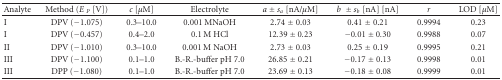
<table><thead><tr><td><b>Analyte</b></td><td><b>Method (<i>E </i><sub>P</sub> [V])</b></td><td><b><i>c </i>[<i>μ</i>M]</b></td><td><b>Electrolyte</b></td><td><b><i>a</i> ± <i>s</i><sub><i>a</i></sub> [nA/<i>μ</i>M]</b></td><td><b><i>b</i> ± <i>s</i><sub><i>b</i></sub> [nA] [nA]</b></td><td><b><i>r</i></b></td><td><b>LOD [<i>μ</i>M]</b></td></tr></thead><tbody><tr><td>I</td><td>DPV (−1.075)</td><td>0.3–10.0</td><td>0.001 MNaOH</td><td>2.74 ± 0.03</td><td>0.41 ± 0.21</td><td>0.9994</td><td>0.23</td></tr><tr><td>I</td><td>DPV (−0.457)</td><td>0.4–2.0</td><td>0.1 M HCl</td><td>12.39 ± 0.23</td><td>−0.01 ± 0.30</td><td>0.9988</td><td>0.07</td></tr><tr><td>II</td><td>DPV (−1.010)</td><td>0.3–10.0</td><td>0.001 M NaOH</td><td>2.73 ± 0.03</td><td>0.25 ± 0.19</td><td>0.9995</td><td>0.21</td></tr><tr><td>III</td><td>DPV (−1.100)</td><td>0.1–1.0</td><td>B.-R.-buffer pH 7.0</td><td>26.85 ± 0.21</td><td>−0.17 ± 0.13</td><td>0.9998</td><td>0.01</td></tr><tr><td>III</td><td>DPP (−1.080)</td><td>0.1–1.0</td><td>B.-R.-buffer pH 7.0</td><td>23.69 ± 0.13</td><td>−0.18 ± 0.08</td><td>0.9999</td><td>0.01</td></tr></tbody></table>